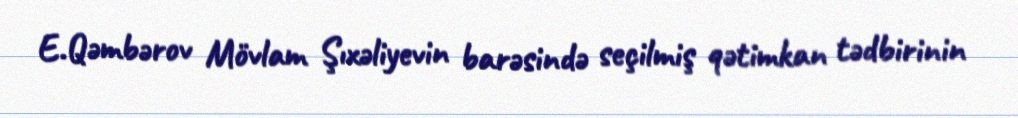
E.Qəmbərov Mövlam Şıxəliyevin barəsində seçilmiş qətimkan tədbirinin